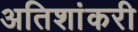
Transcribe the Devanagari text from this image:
अतिशांकरी